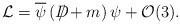
\begin{align*}{\cal L}=\overline{\psi }\left( D\!\!\!\!\slash+m\right) \psi +{\cal O}(3).\end{align*}